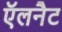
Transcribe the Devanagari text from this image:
ऍलनैट